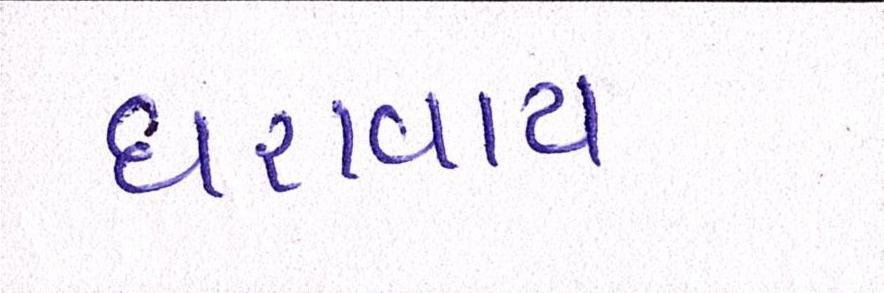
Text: ધરાવાય